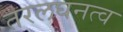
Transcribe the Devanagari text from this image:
तरलघनत्व